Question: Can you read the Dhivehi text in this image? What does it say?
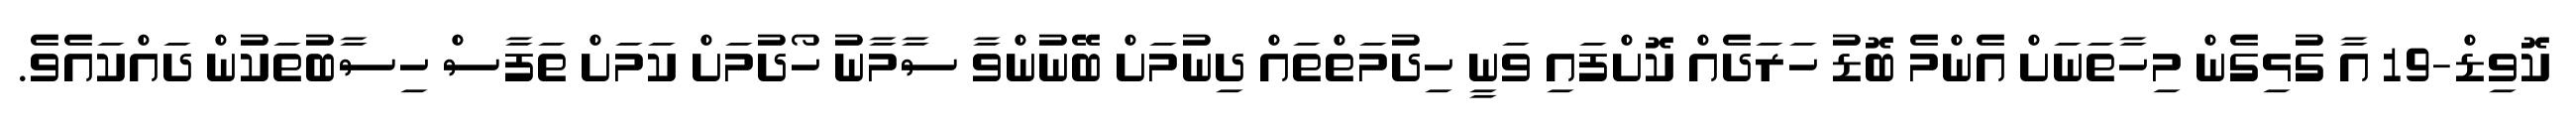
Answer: ކޮވިޑް-19 އާ ގުޅިގެން މިހާތަނަށް އެންމެ ބޮޑު ހަރަދެއް ކޮށްފައި ވަނީ ހިދުމަތްތައް ދިނުމަށް ބޭނުންވާ ސާމާނު ހޯދުމަށް ކަމަށް ތަފާސް ހިސާބުތަކުން ދައްކައެވެ.